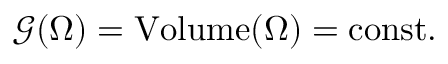
{ \mathcal { G } } ( \Omega ) = { \mathrm { V o l u m e } } ( \Omega ) = { \mathrm { c o n s t . } }